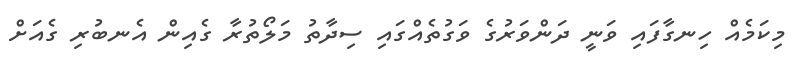
މިކަމެއް ހިނގާފައި ވަނީ ދަންވަރުގެ ވަގުތެއްގައި ސިދާތު މަލޯތުރާ ގެއިން އެނބުރި ގެއަށް